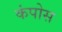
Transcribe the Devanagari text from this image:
कंपोस